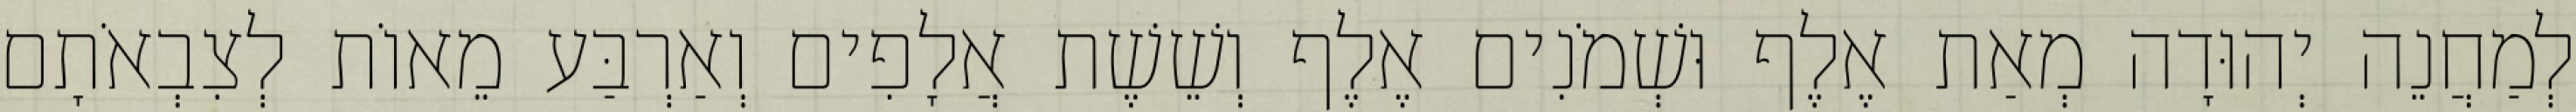
לְמַחֲנֵה יְהוּדָה מְאַת אֶלֶף וּשְׁמֹנִים אֶלֶף וְשֵׁשֶׁת אֲלָפִים וְאַרְבַּע מֵאוֹת לְצִבְאֹתָם